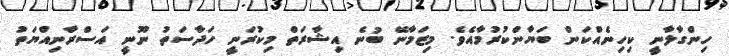
ހިންގާލާނީ ކިހިނެއްކަން ބަޔާންކުރުމާއެވެ. މިޒަމާނޭ ބުނެ އިޝާރަތް މިކުރަނީ ހަދާސަތު ނޫނީ އަސްރާނިއްޔަތު